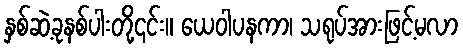
နှစ်ဆဲ့ခုနစ်ပါးတို့၎င်း။ ယေဝါပနကာ၊ သရုပ်အားဖြင့်မလာ